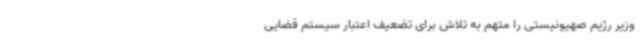
وزیر رژیم صهیونیستی را متهم به تلاش برای تضعیف اعتبار سیستم قضایی